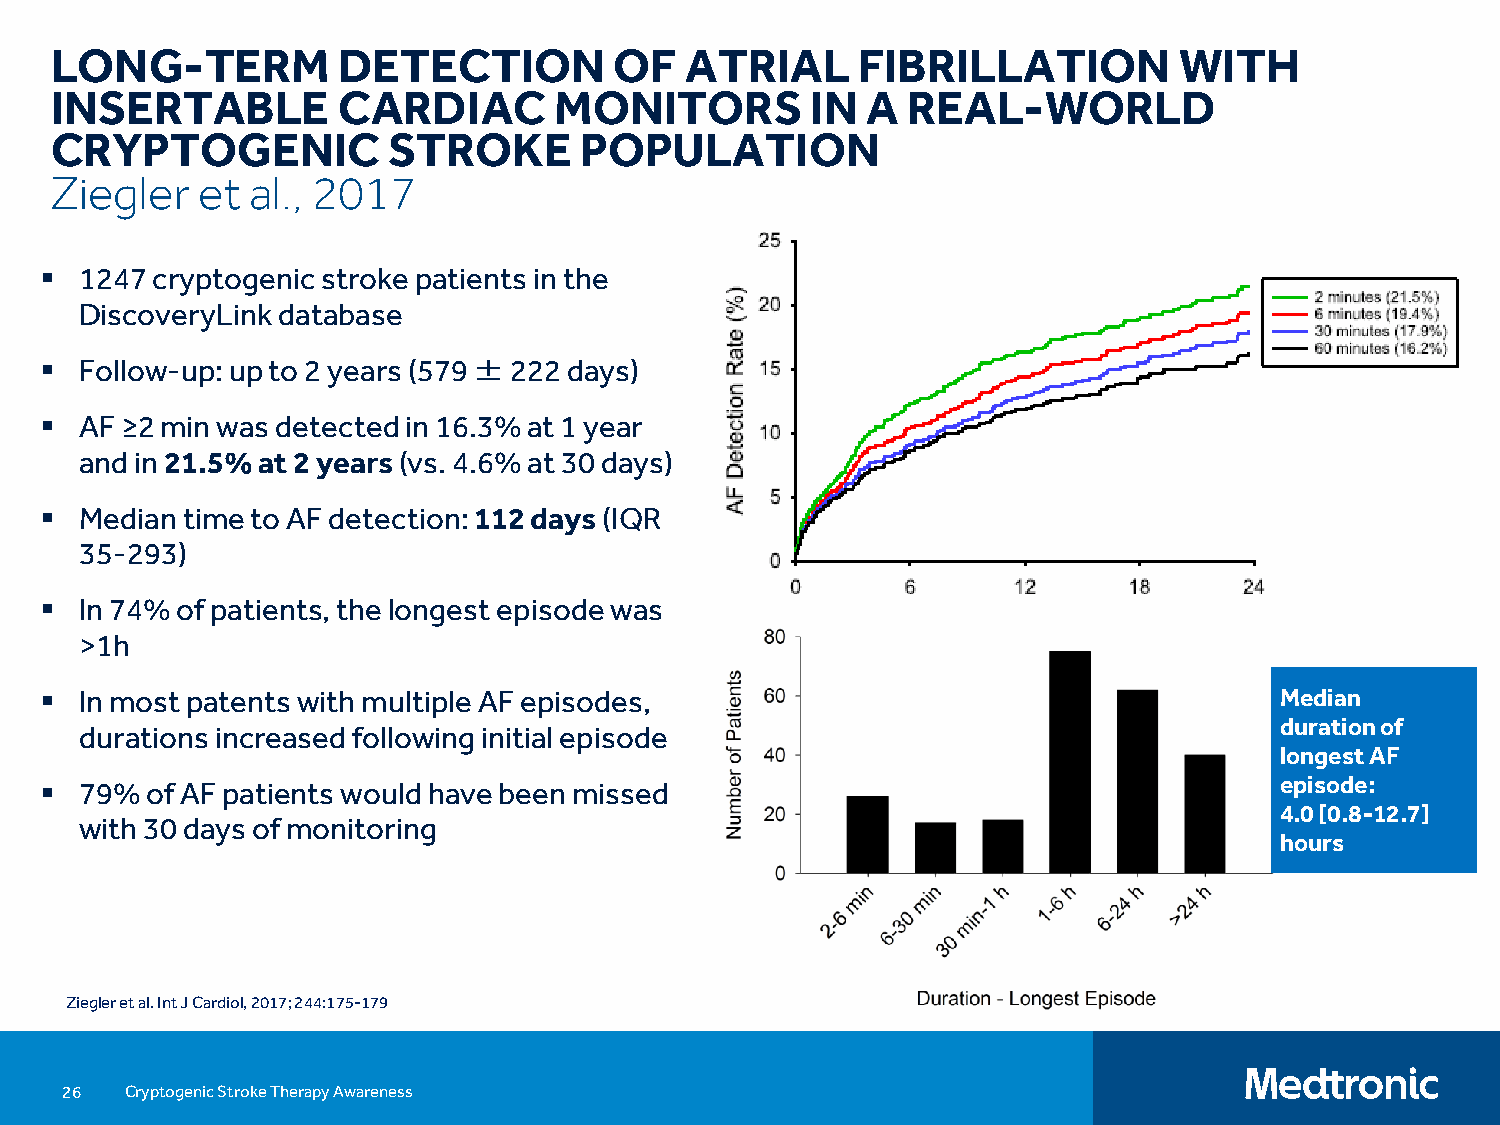
LONG-TERM          DETECTION          OF  ATRIAL      FIBRILLATION         WITH
 INSERTABLE         CARDIAC        MONITORS         IN A  REAL-WORLD
 CRYPTOGENIC            STROKE      POPULATION
 Ziegler   et  al., 2017
  1247 cryptogenic stroke patients in the
 DiscoveryLinkdatabase
  Follow-up: up to 2 years (579 ±222 days)
  AF ≥2 min was detected in 16.3% at 1 year
 and in 21.5% at 2 years (vs. 4.6% at 30 days)
  Median time to AF detection: 112 days (IQR
 35-293)
  In 74% of patients, the longest episode was
 >1h
  In most patents with multiple AF episodes,                                      Median
 duration of
 durations increased following initial episode
 longest AF
  79%  of AF patients would have been missed                                      episode:
 4.0 [0.8-12.7]
 with 30 days of monitoring
 hours
 Ziegler et al. IntJ Cardiol, 2017; 244:175-179
 26  Cryptogenic Stroke Therapy Awareness